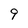
Character: 9